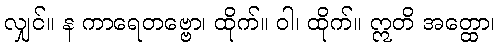
လျှင်။ န ကာရေတဗ္ဗော၊ ထိုက်။ ဝါ၊ ထိုက်။ ဣတိ အတ္ထော၊